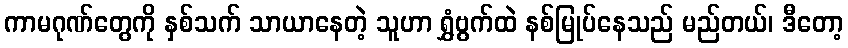
ကာမဂုဏ်တွေကို နှစ်သက် သာယာနေတဲ့ သူဟာ ရွှံဗွက်ထဲ နစ်မြုပ်နေသည် မည်တယ်၊ ဒီတော့